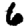
Digit: 6